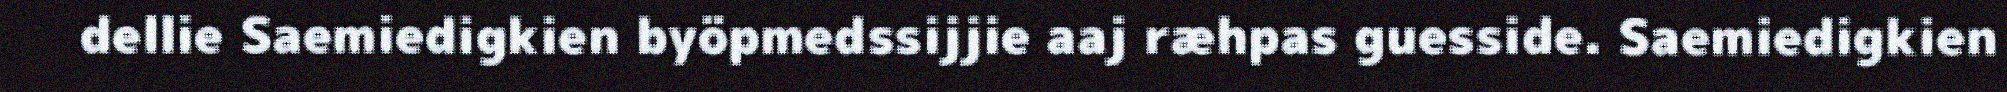
dellie Saemiedigkien byöpmedssijjie aaj ræhpas guesside. Saemiedigkien